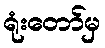
ရုံးတော်မှ